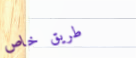
طريق خاص